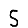
Digit: 5